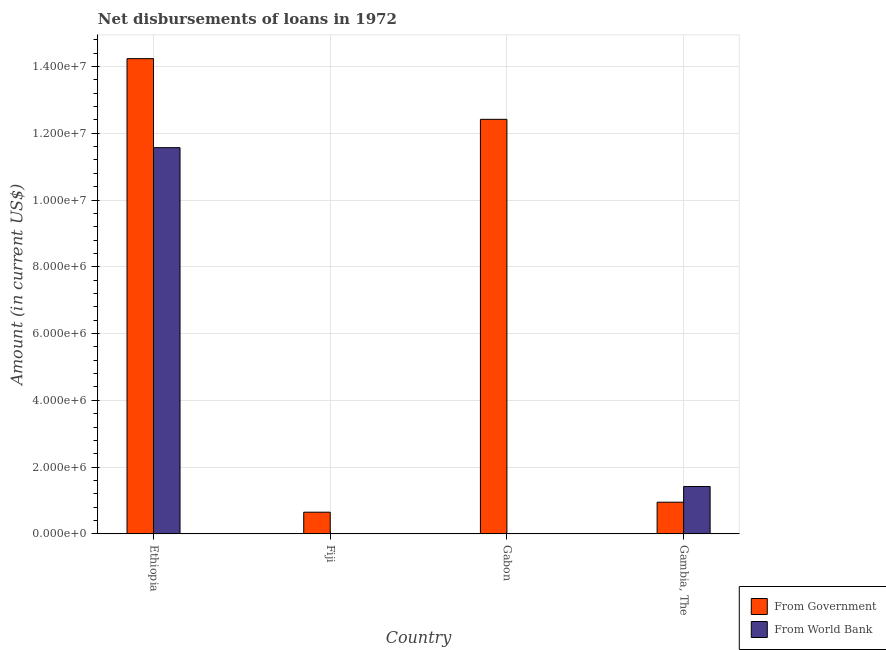
| Country | From Government | From World Bank |
 | --- | --- | --- |
 | Ethiopia | 1.42e+07 | 1.16e+07 |
 | Fiji | 6.49e+05 | 9e+03 |
 | Gabon | 1.24e+07 | -2.82e+06 |
 | Gambia, The | 9.48e+05 | 1.42e+06 |